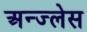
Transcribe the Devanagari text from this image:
अन्ज्लेस